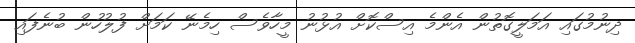
ދިނުމުގައި އަމަލީގޮތުން އެންމެ އިސްކޮށް އުޅުނު މީހާވެސް ހިމެނޭ ކަމަށް ފުލުހުން ބުނެފައި